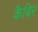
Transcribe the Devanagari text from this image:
कैबिर